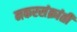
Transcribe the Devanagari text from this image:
मकरसंक्रांती